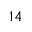
1 4